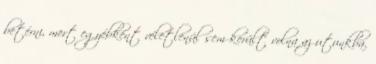
betérni, mert egyébként véletlenül sem került volna az utunkba.